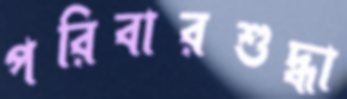
পরিবারশুদ্ধা